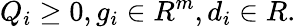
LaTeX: Q_{i}\geq 0,g_{i}\in R^{m},d_{i}\in R.